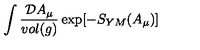
\int \frac { { \cal D } A _ { \mu } } { v o l ( g ) } \exp [ - S _ { Y M } ( A _ { \mu } ) ]